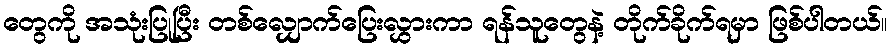
တွေကို အသုံးပြုပြီး တစ်လျှောက်ပြေးလွှားကာ ရန်သူတွေနဲ့ တိုက်ခိုက်ရမှာ ဖြစ်ပါတယ်။